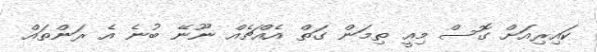
ކައިރިއަށް ގޮސް މިއީ ތިމަން ގަތް އެއްޗެއް ނޫނޭ ބުނެ އެ ރަންތައް